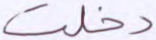
دخلت